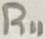
Text: R11